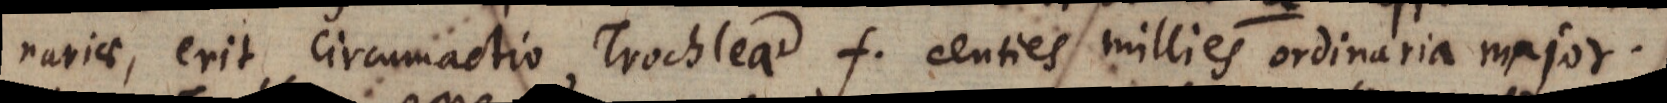
nariae, erit circumactio, Trochleae f centies millies ordinaria major.